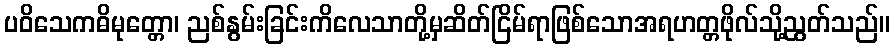
ပဝိသေကဓိမုတ္တော၊ ညစ်နွမ်းခြင်းကိလေသာတို့မှဆိတ်ငြိမ်ရာဖြစ်သောအရဟတ္တဖိုလ်သို့ညွတ်သည်။